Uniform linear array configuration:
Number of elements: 8
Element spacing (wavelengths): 1
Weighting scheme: kaiser
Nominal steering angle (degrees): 60
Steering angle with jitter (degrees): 59.35
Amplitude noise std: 0.05
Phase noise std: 0.05

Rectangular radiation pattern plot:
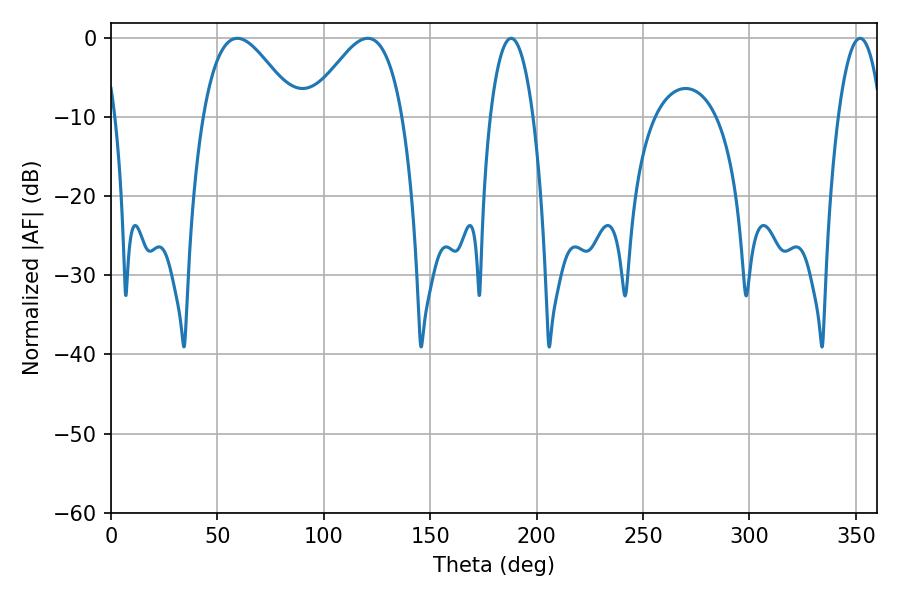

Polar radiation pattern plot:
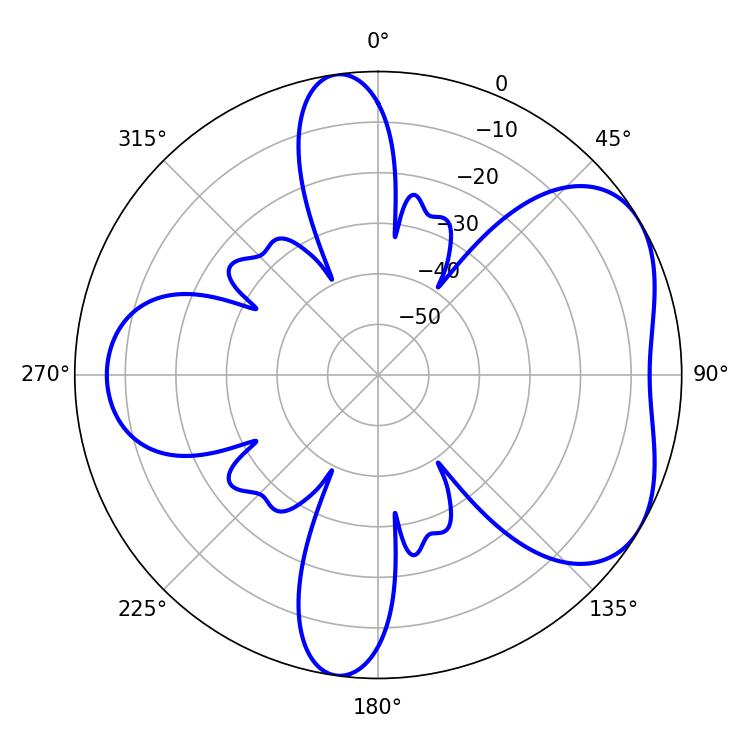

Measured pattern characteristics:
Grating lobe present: TRUE
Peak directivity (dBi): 4.93
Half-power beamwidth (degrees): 23.76
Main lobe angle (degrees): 59.4